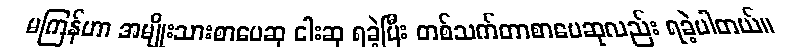
မကြန်ဟာ အမျိုးသားစာပေဆု ငါးဆု ရခဲ့ပြီး တစ်သက်တာစာပေဆုလည်း ရခဲ့ပါတယ်။